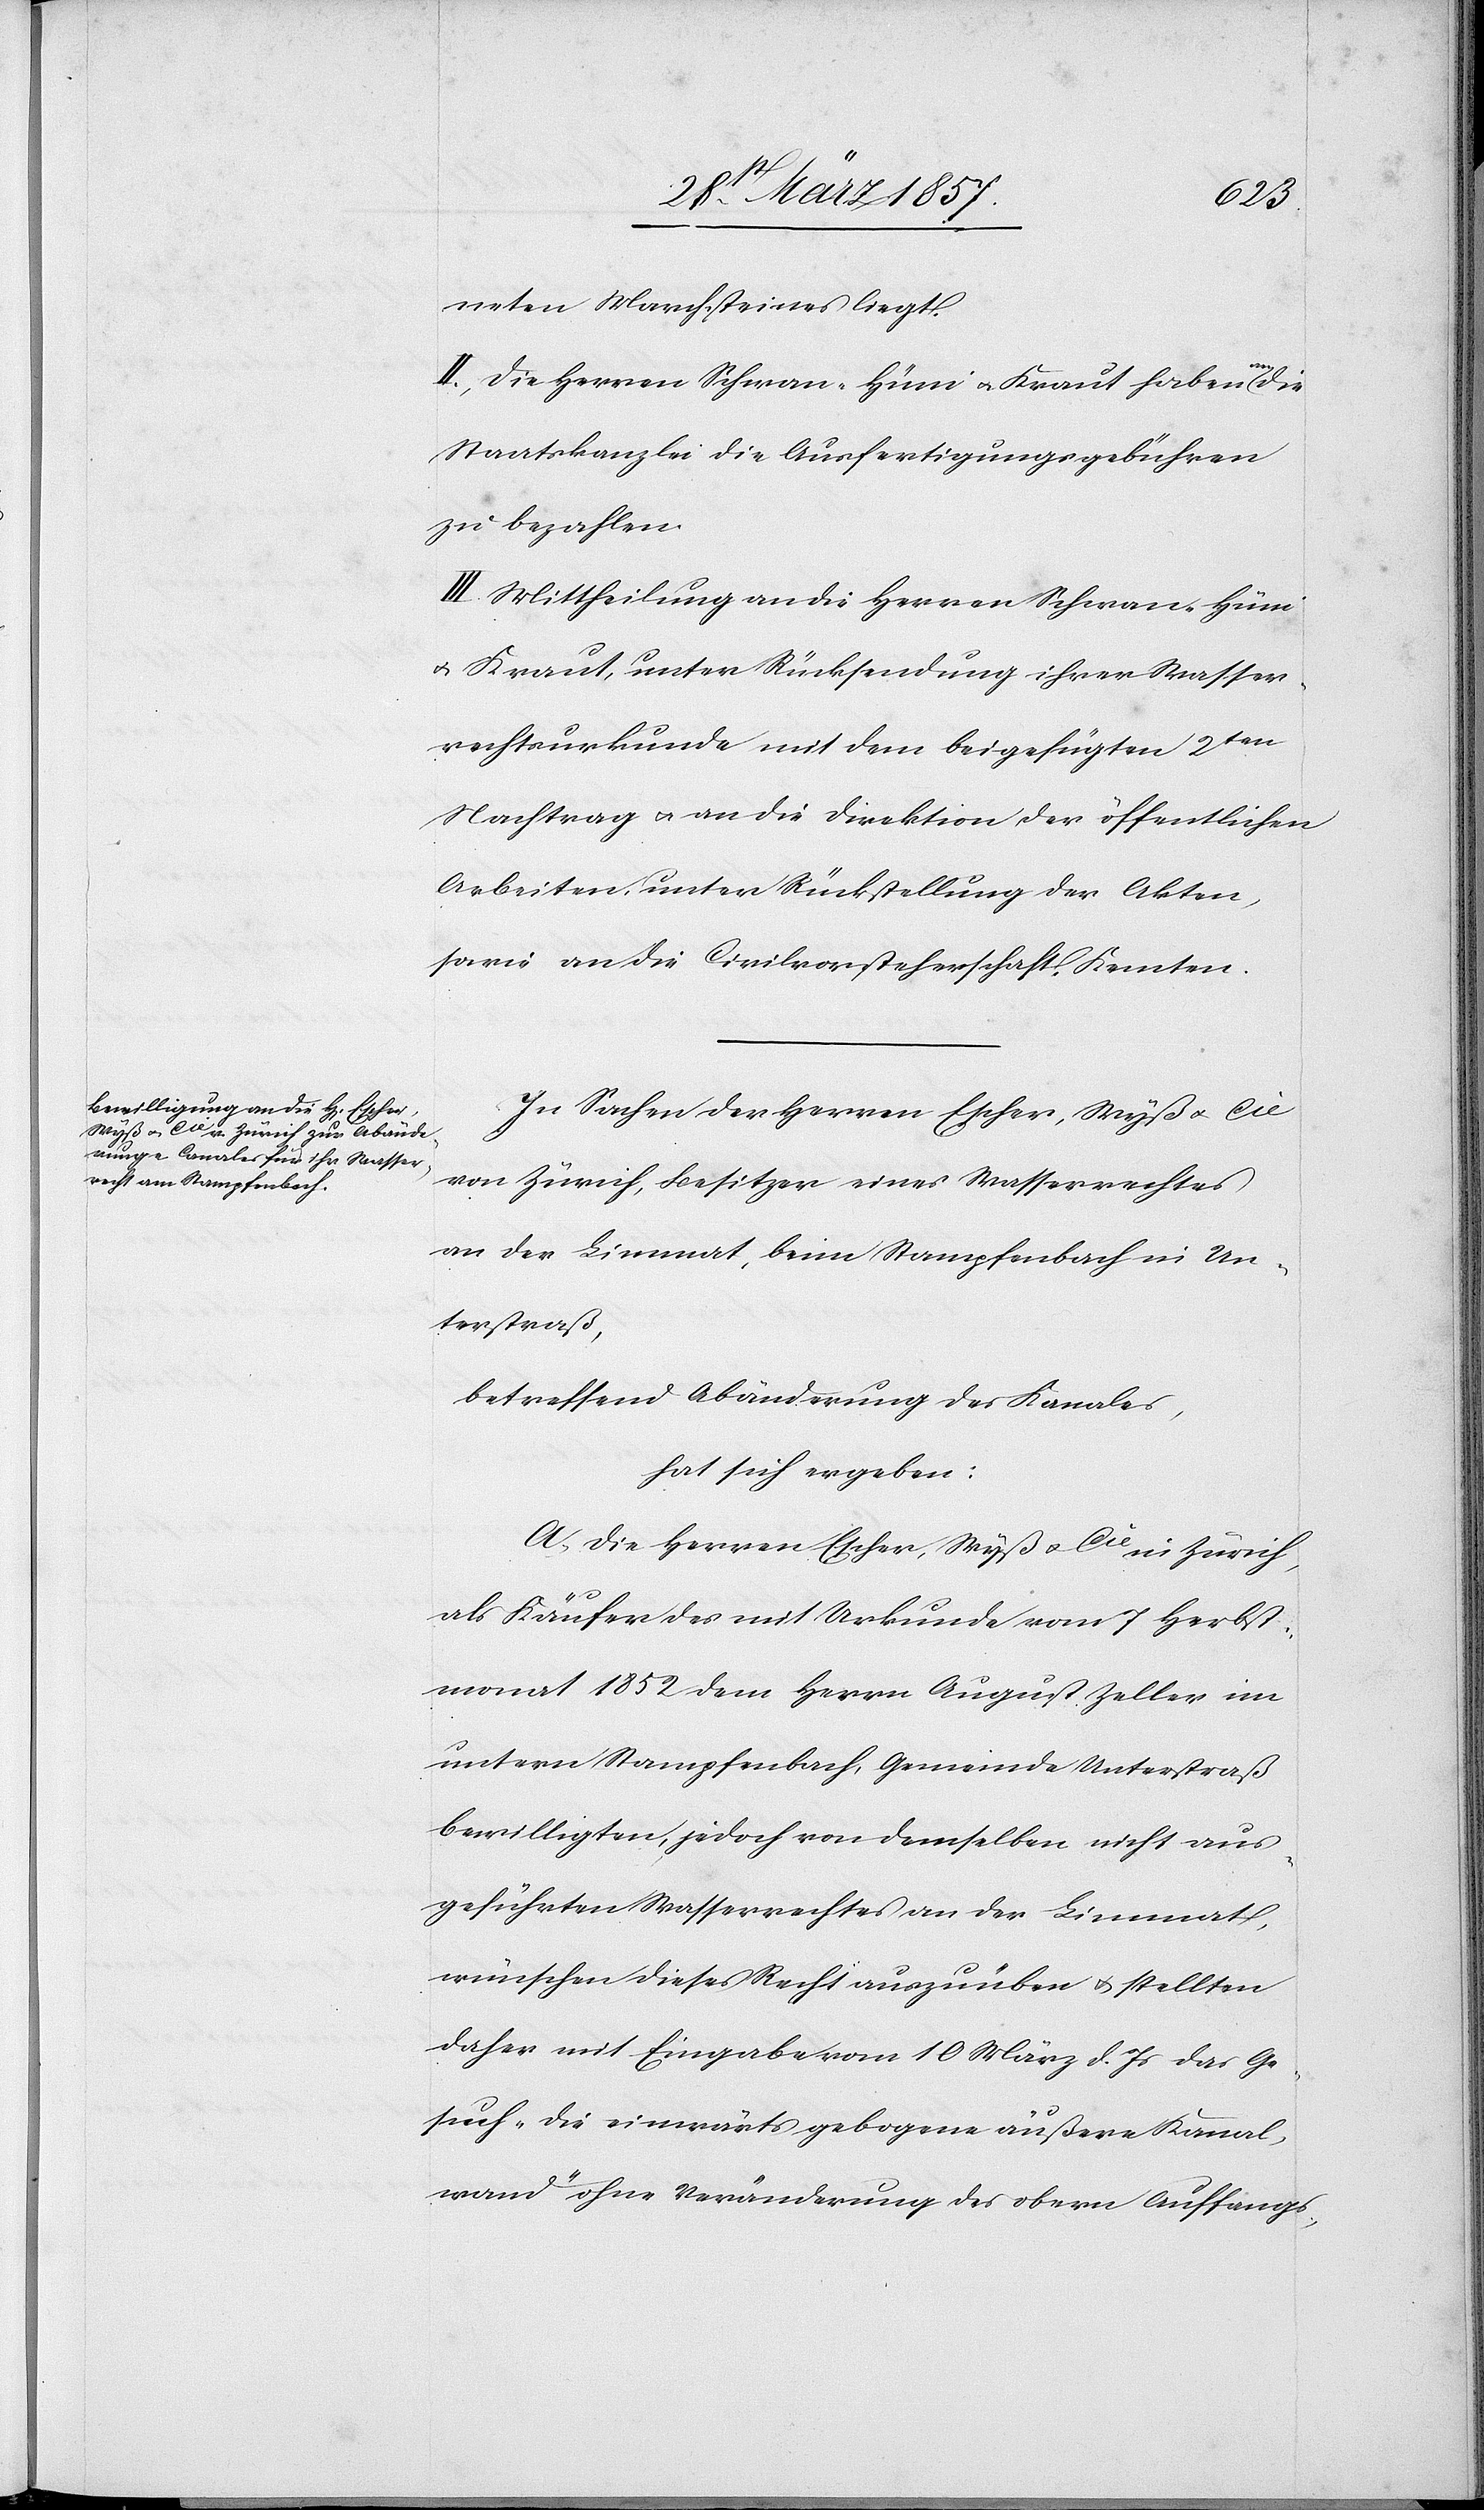
neten Marchsteines liegt.
II. Die Herren Schwan-Hüni u. Kraut haben an die
Staatskanzlei die Ausfertigungsgebühren
zu bezahlen.
III. Mittheilung an die Herren Schwan-Hüni
u. Kraut, unter Rücksendung ihrer Wasser¬
rechtsurkunde mit dem beigefügten 2ten
Nachtrag u. an die Direktion der öffentlichen
Arbeiten, unter Rückstellung der Akten
sowie an die Civilvorsteherschaft Kemten.
In Sachen der Herren Escher-Wyß u. Cie
von Zürich, Besitzer eines Wasserrechts
an der Limmat, beim Stampfenbach in Un¬
terstraß,
betreffend Abänderung des Kanales,
hat sich ergeben:
A. Die Herren Eschwer-Wyß u. Cie in Zürich,
als Käufer des mit Urkunde vom 7 Herbst¬
monat 1852 dem Herrn August Zeller im
untern Stampfenbach, Gemeinde Unterstraß
bewilligten, jedoch von demselben nicht aus¬
geführten Wasserrechts an der Limmat,
wünschen dieses Recht auszuüben u. stellten
daher mit Eingabe vom 10 März d. Js das Ge¬
such „die einwärts gebogene äußere Kanal¬
wand“ ohne Veränderung des obern Auffangs-